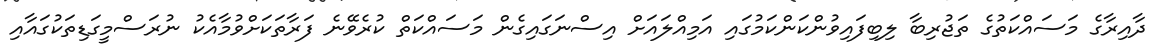
ދާއިރާގެ މަސައްކަތުގެ ތަޖުރިބާ ލިބިފައިވުންކަންކަމުގައި އަމިއްލައަށް އިސްނަގައިގެން މަސައްކަތް ކުރެވޭނެ ފަރާތަކަށްވުމާއެކު ނުރަސްމީގަޑިތަކުގައާއި